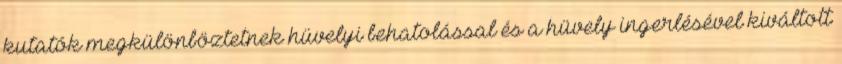
kutatók megkülönböztetnek hüvelyi behatolással és a hüvely ingerlésével kiváltott